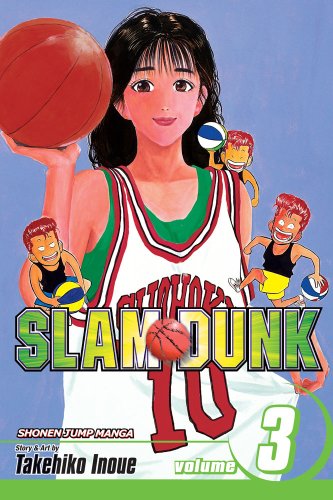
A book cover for Slam Dunk, Vol. 3; Takehiko Inoue; Comics & Graphic Novels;